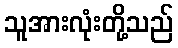
သူအားလုံးတို့သည်